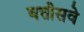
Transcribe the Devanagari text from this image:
बत्तीसवे